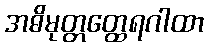
အဓိမုတ္တတ္ထေရဂါထာ